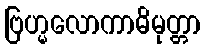
ဗြဟ္မလောကာဓိမုတ္တာ